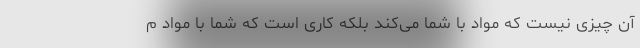
آن چیزی نیست که مواد با شما می‌کند بلکه کاری است که شما با مواد م